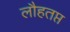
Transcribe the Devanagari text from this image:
लौहतप्त